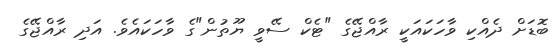
ބޮޑަށް ދެއްކި ވާހަކައަކީ ރާއްޖޭގެ "ޓެކް ސޭވީ ޔޫތުން"ގެ ވާހަކައެވެ. އަދި ރާއްޖޭގެ